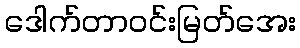
ဒေါက်တာဝင်းမြတ်အေး